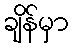
ချိန်မှာ